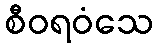
စီဝရဝံသေ